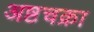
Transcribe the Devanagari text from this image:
अष्टचक्रा